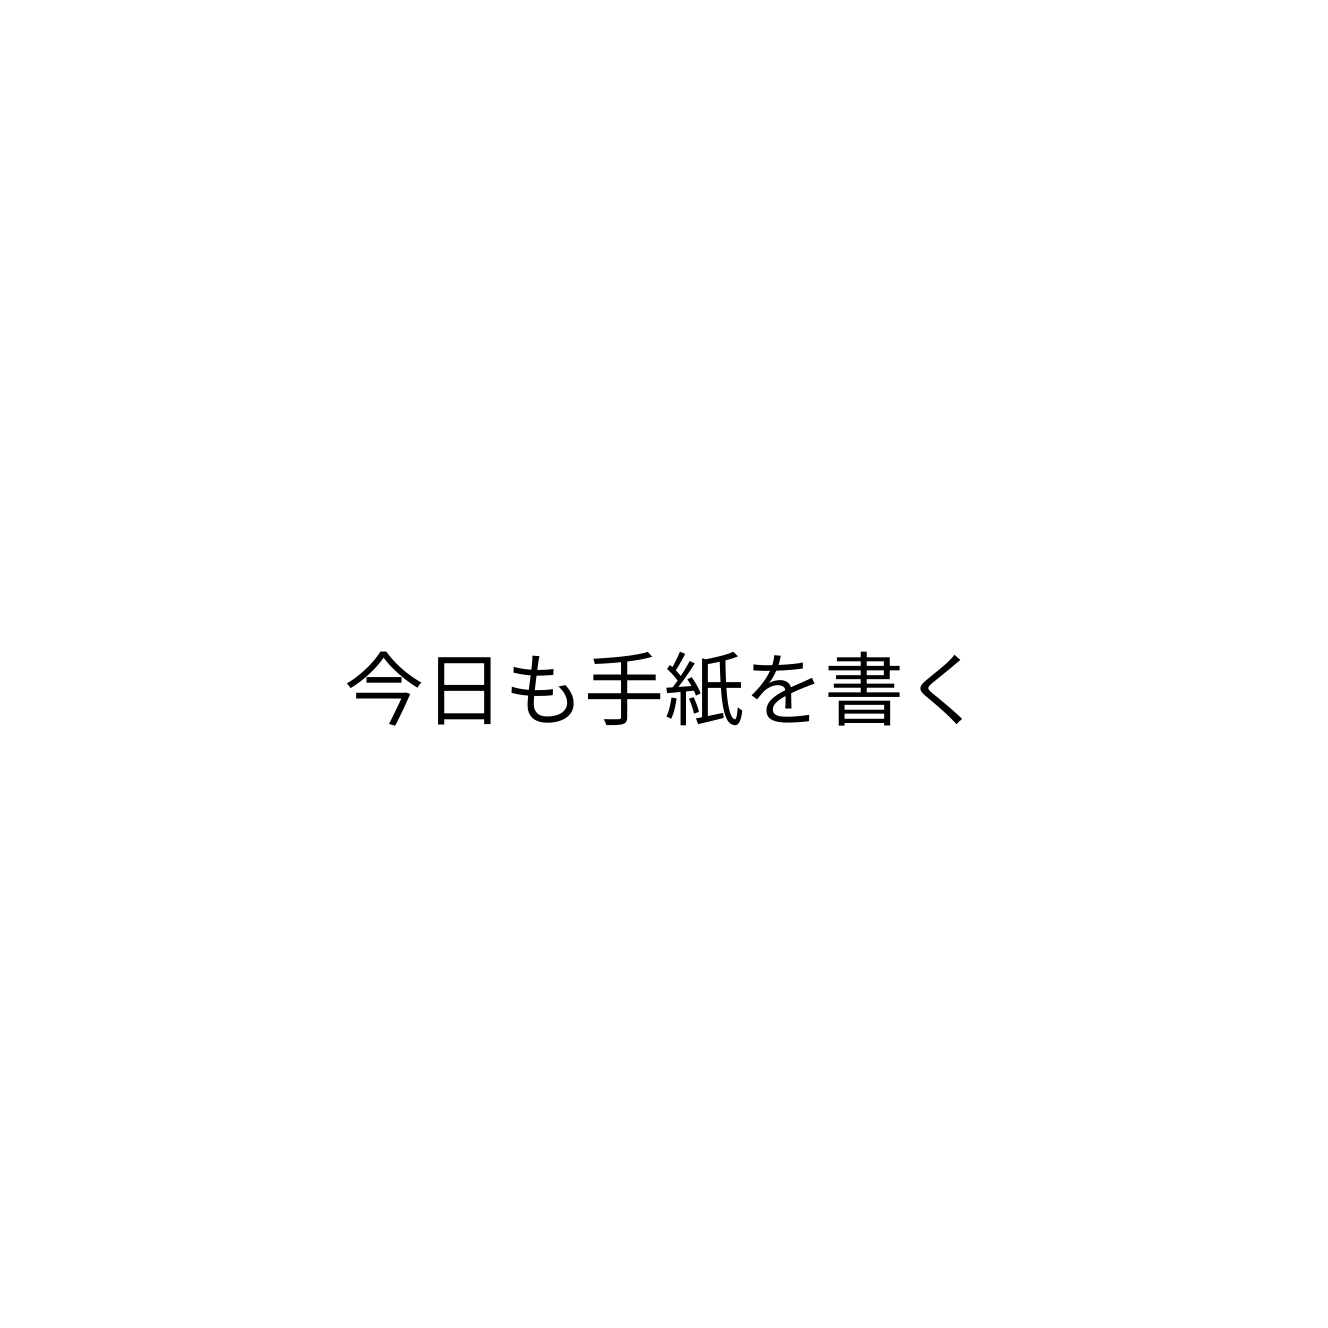
今日も手紙を書く